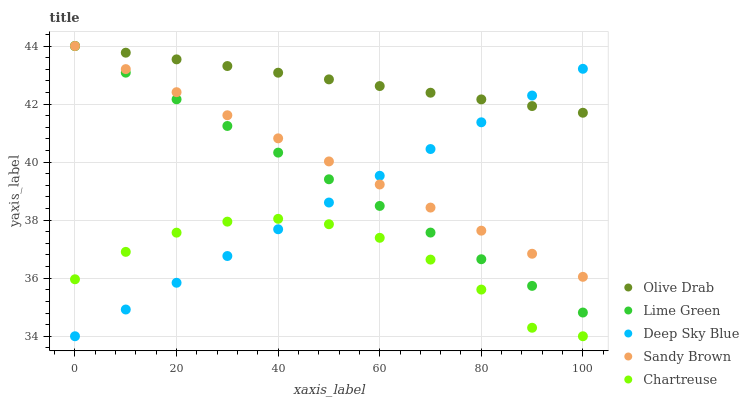
| xaxis_label | Olive Drab | Lime Green | Deep Sky Blue | Sandy Brown | Chartreuse |
 | --- | --- | --- | --- | --- | --- |
 | 0 | 44 | 44 | 34 | 44 | 36 |
 | 10 | 43.8 | 43.1 | 34.9 | 43.2 | 36.9 |
 | 20 | 43.5 | 42.2 | 35.8 | 42.4 | 37.6 |
 | 30 | 43.3 | 41.2 | 36.8 | 41.6 | 37.9 |
 | 40 | 43.1 | 40.3 | 37.7 | 40.8 | 38 |
 | 50 | 42.9 | 39.4 | 38.6 | 40 | 37.9 |
 | 60 | 42.6 | 38.5 | 39.5 | 39.2 | 37.4 |
 | 70 | 42.4 | 37.6 | 40.5 | 38.4 | 36.6 |
 | 80 | 42.2 | 36.7 | 41.4 | 37.6 | 35.6 |
 | 90 | 41.9 | 35.7 | 42.3 | 36.8 | 34.3 |
 | 100 | 41.7 | 34.8 | 43.2 | 36 | 34 |